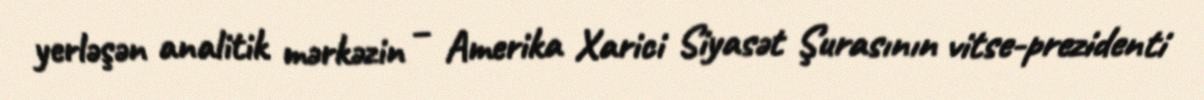
yerləşən analitik mərkəzin – Amerika Xarici Siyasət Şurasının vitse-prezidenti